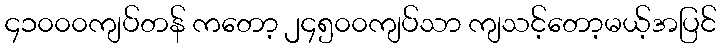
၄၁၀၀၀ကျပ်တန် ကတော့ ၂၄၅၀၀ကျပ်သာ ကျသင့်တော့မယ့်အပြင်